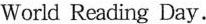
World Reading Day.